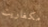
مكغاريت